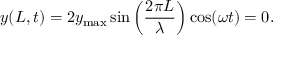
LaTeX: y ( L , t ) = 2 y _ { \mathrm { m a x } } \sin \left( { \frac { 2 \pi L } { \lambda } } \right) \cos ( \omega t ) = 0 .